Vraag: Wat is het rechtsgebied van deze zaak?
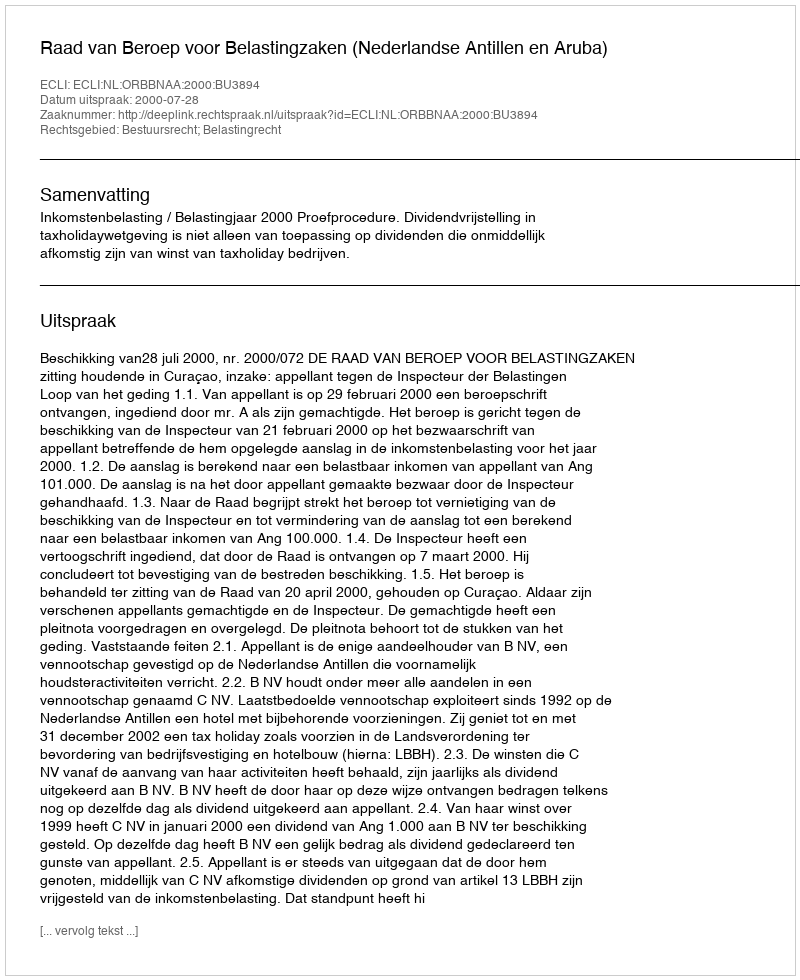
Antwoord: Bestuursrecht; Belastingrecht